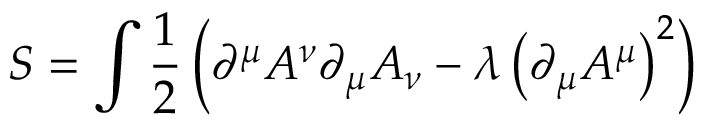
S = \int { \frac { 1 } { 2 } } \left( \partial ^ { \mu } A ^ { \nu } \partial _ { \mu } A _ { \nu } - \lambda \left( \partial _ { \mu } A ^ { \mu } \right) ^ { 2 } \right)